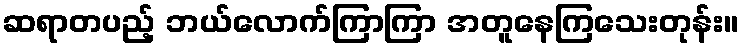
ဆရာတပည့် ဘယ်လောက်ကြာကြာ အတူနေကြသေးတုန်း။